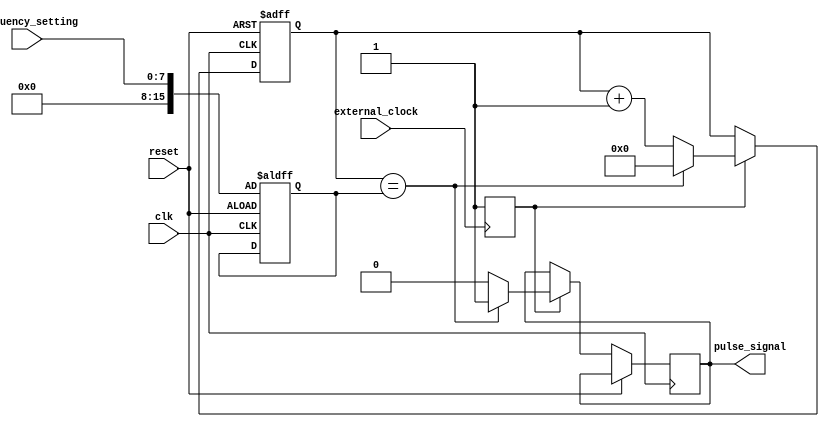
module Timing_Control_Synchronization_Block (
    input wire clk,
    input wire reset,
    input wire external_clock,
    input wire [7:0] frequency_setting,
    output reg pulse_signal
);

reg [15:0] counter;
reg [15:0] divisor;
reg pll_locked;

always @(posedge clk or posedge reset) begin
    if (reset) begin
        counter <= 16'b0;
        divisor <= frequency_setting;
    end else begin
        if (pll_locked) begin
            counter <= counter + 1;
            if (counter == divisor) begin
                counter <= 16'b0;
                pulse_signal <= 1'b1;
            end else begin
                pulse_signal <= 1'b0;
            end
        end
    end
end

always @(posedge external_clock) begin
    pll_locked <= 1'b1;
end

endmodule